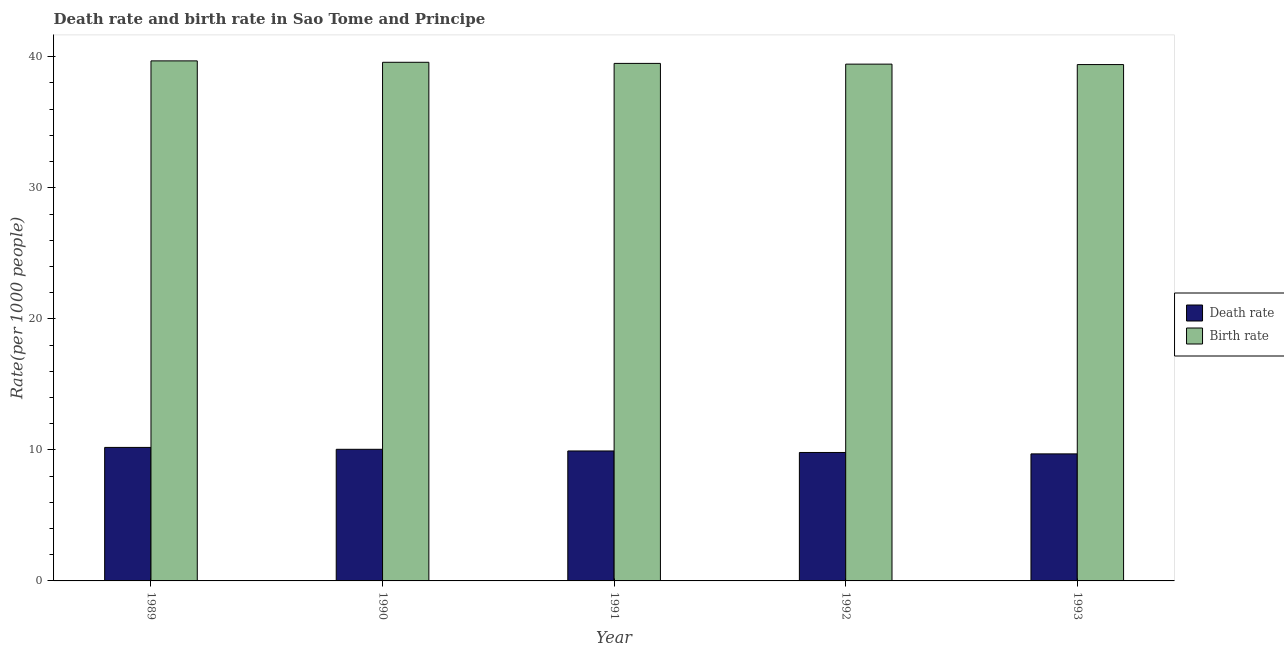
| Year | Death rate | Birth rate |
 | --- | --- | --- |
 | 1989 | 10.2 | 39.7 |
 | 1990 | 10 | 39.6 |
 | 1991 | 9.92 | 39.5 |
 | 1992 | 9.8 | 39.4 |
 | 1993 | 9.69 | 39.4 |